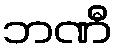
ဘဏီ